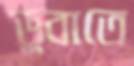
ডুবাতে